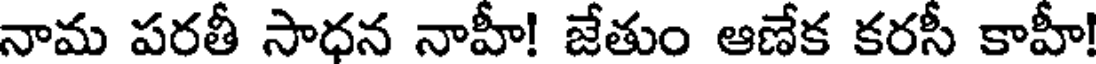
నామ పరతీ సాధన నాహీ! జేతుం ఆణేక కరసీ కాహీ!